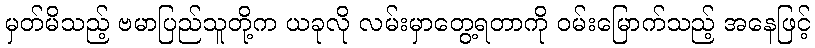
မှတ်မိသည့် ဗမာပြည်သူတို့က ယခုလို လမ်းမှာတွေ့ရတာကို ဝမ်းမြောက်သည့် အနေဖြင့်